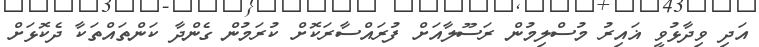
އަދި ވިދާޅުވީ ޣައިރު މުސްލިމުން ރަސޫލާއަށް ފުރައްސާރަކޮށް ކުރަމުން ގެންދާ ކަންތައްތަކާ ދެކޮޅަށް